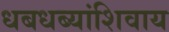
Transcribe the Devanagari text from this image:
धबधब्यांशिवाय